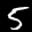
Label: 5